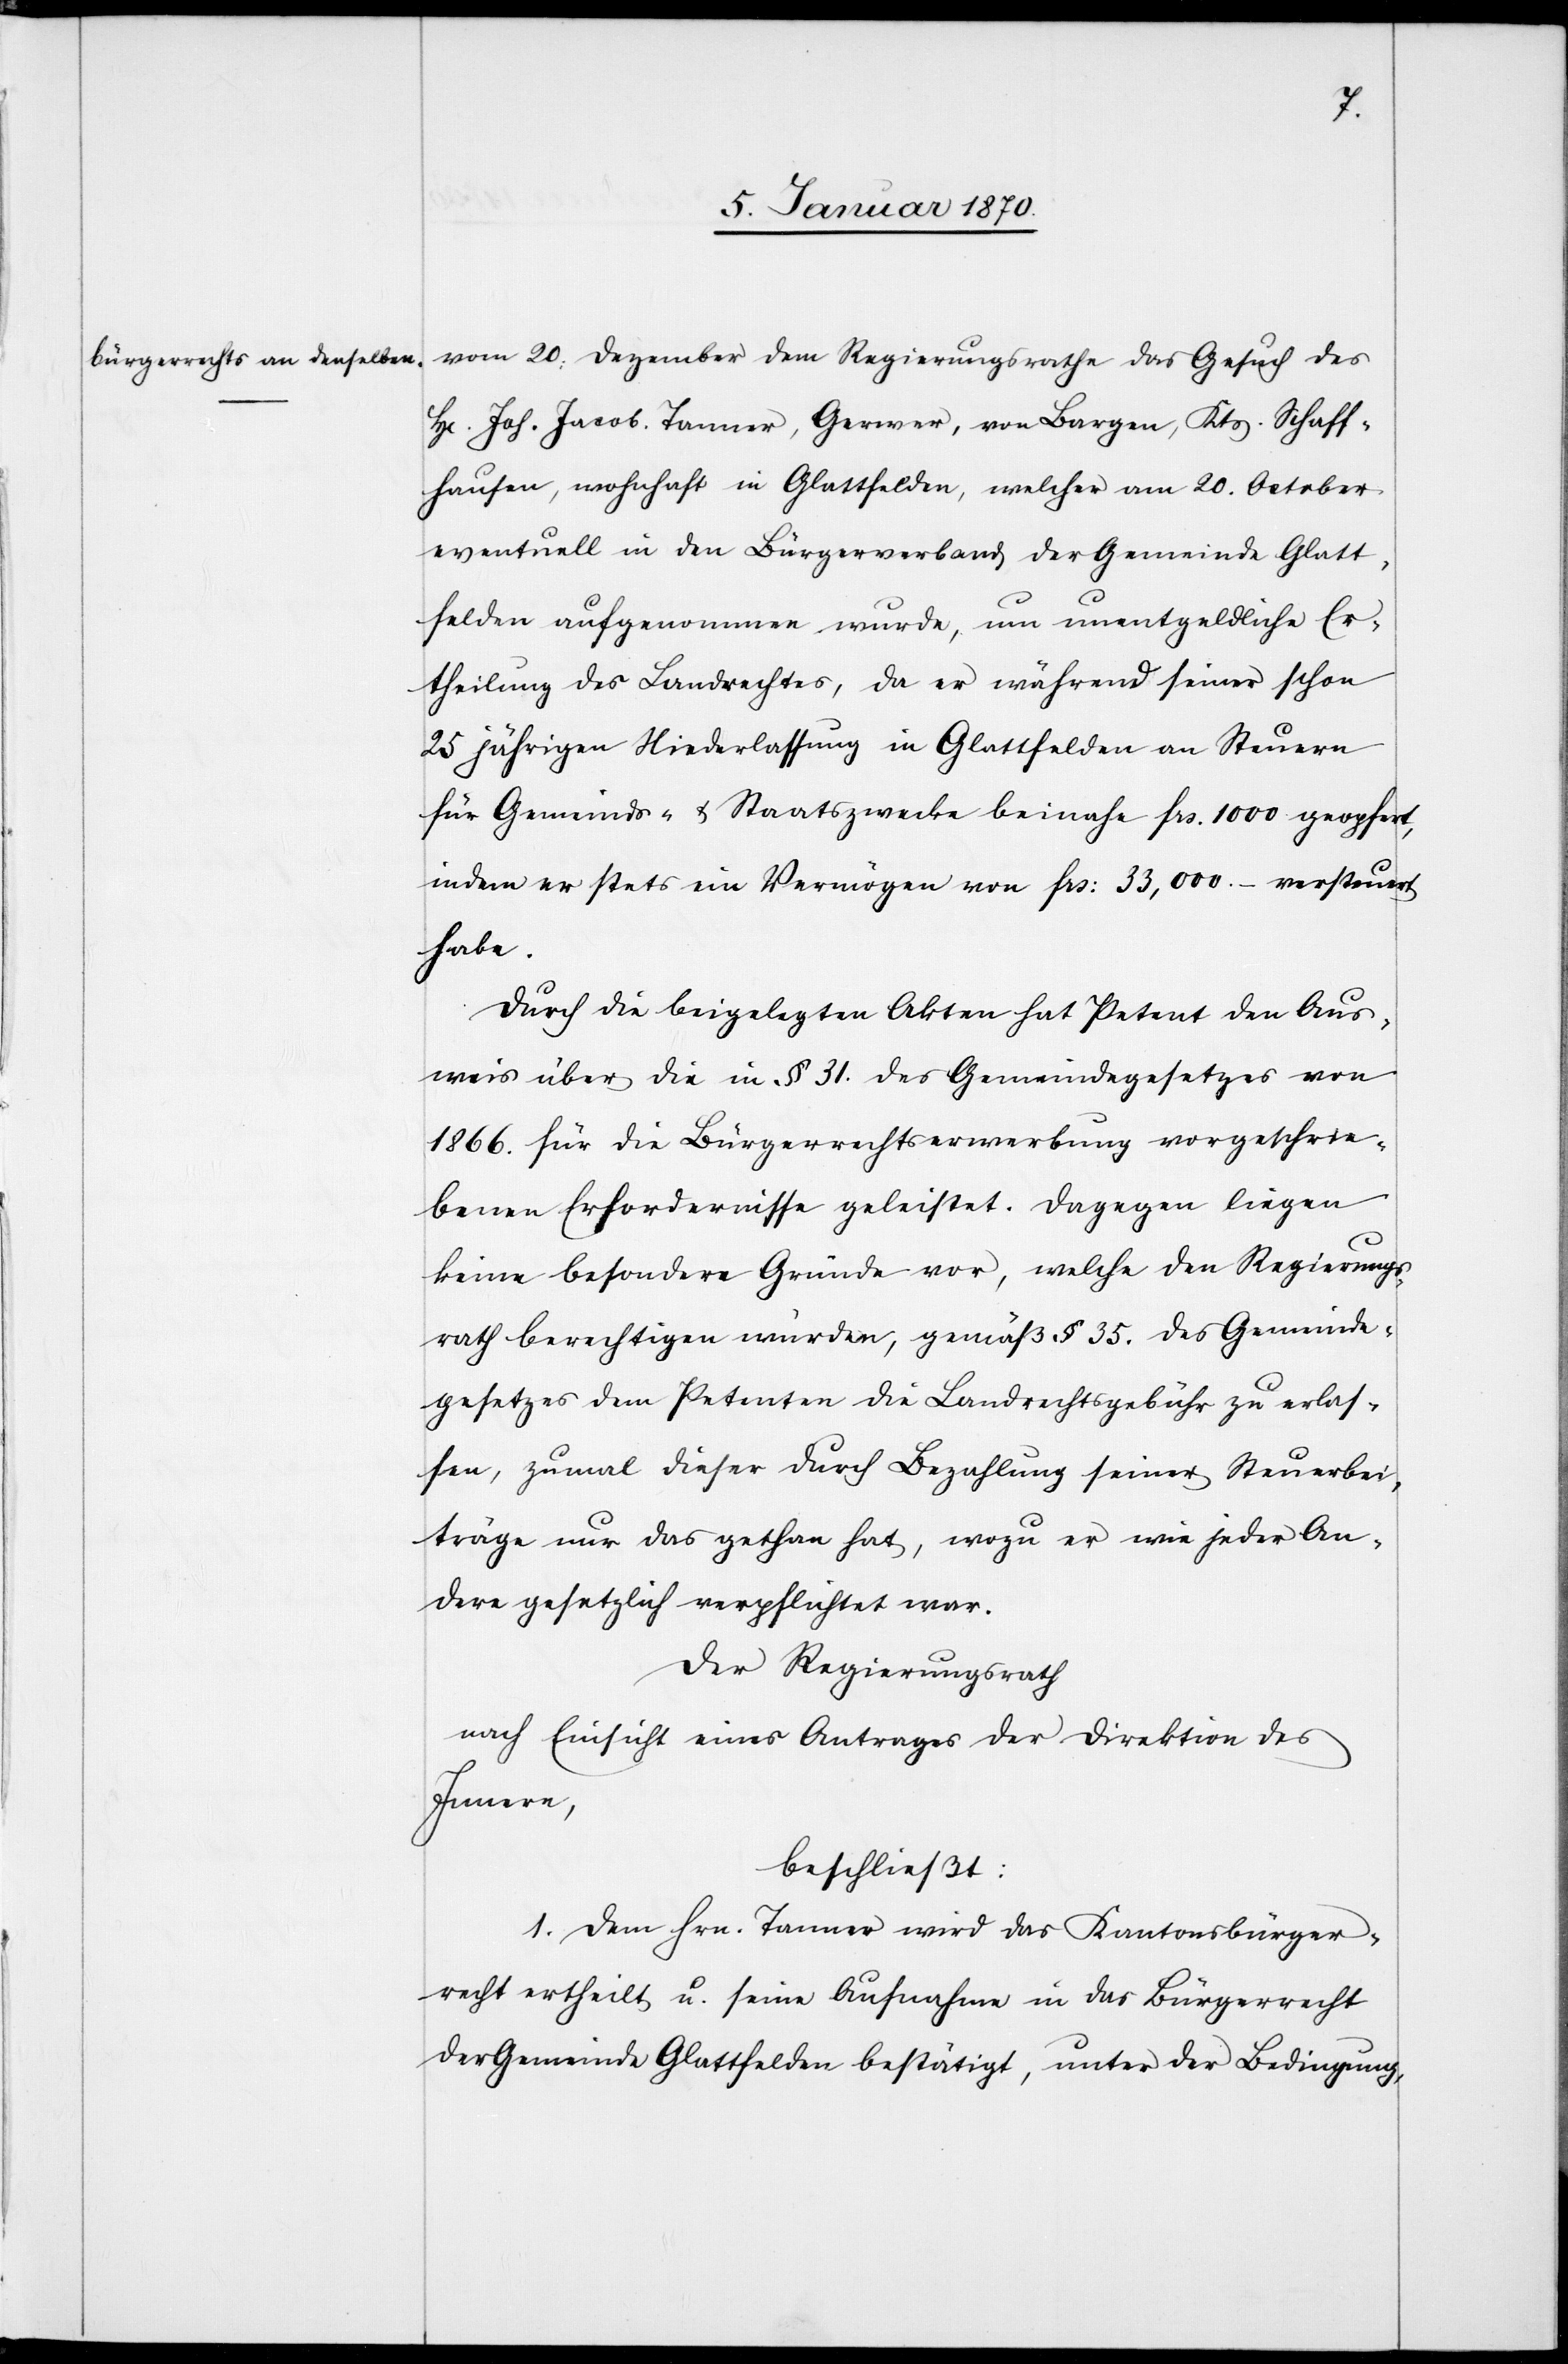
vom 20. Dezember dem Regierungsrathe das Gesuch des
H[errn] Joh. Jacob. Tanner, Gerwer, von Bargen, Kts. Schaff¬
hausen, wohnhaft in Glattfelden, welcher am 20. October
eventuell in den Bürgerverband der Gemeinde Glatt¬
felden aufgenommen wurde, um unentgeldliche Er¬
theilung des Landrechtes, da er während seiner schon
25 jährigen Niederlassung in Glattfelden an Steuern
für Gemeinds- u. Staatszwecke beinahe frs. 1000 geopfert,
indem er stets ein Vermögen von frs. 33,000.– versteuert
habe.
Durch die beigelegten Akten hat Petent den Aus¬
weis über die in § 31. des Gemeindegesetzes von
1866. für die Bürgerrechtserwerbung vorgeschrie¬
benen Erfordernisse geleistet. Dagegen liegen
keine besondere [sic!] Gründe vor, welche den Regierungs¬
rath berechtigen würden, gemäß § 35. des Gemeinde¬
gesetzes dem Petenten die Landrechtsgebühr zu erlas¬
sen, zumal dieser durch Bezahlung seiner Steuerbei¬
träge nur das gethan hat, wozu er wie jeder An¬
dere gesetzlich verpflichtet war.
Der Regierungsrath,
nach Einsicht einer Antrages der Direktion des
Innern,
beschließt:
1. Dem Hrn. Tanner wird das Kantonsbürger¬
recht ertheilt u. seine Aufnahme in das Bürgerrecht
der Gemeinde Glattfelden bestätigt, unter der Bedingung,